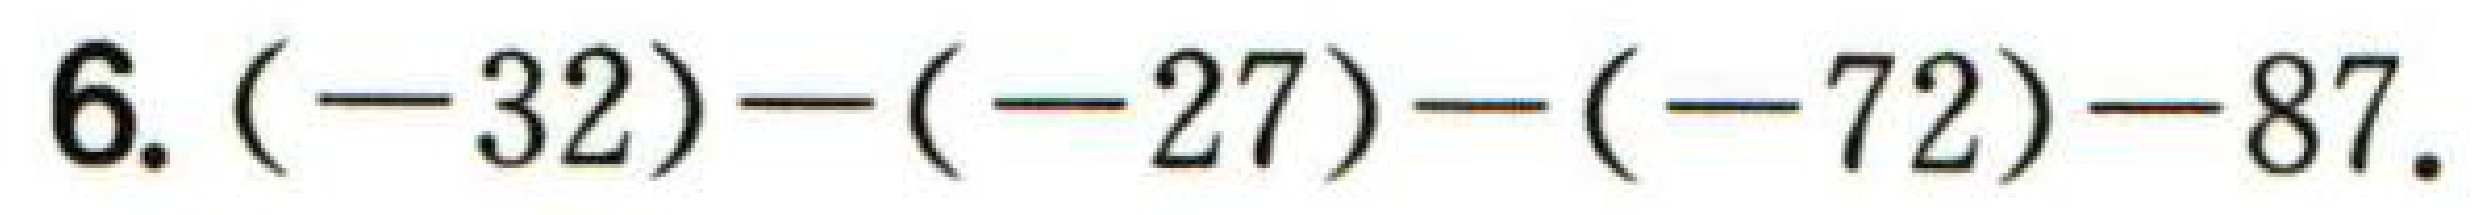
$6.(-32)-(-27)-(-72)-87.$